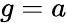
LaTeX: g=a